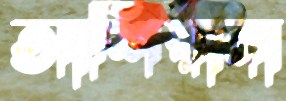
আশিয়ানা